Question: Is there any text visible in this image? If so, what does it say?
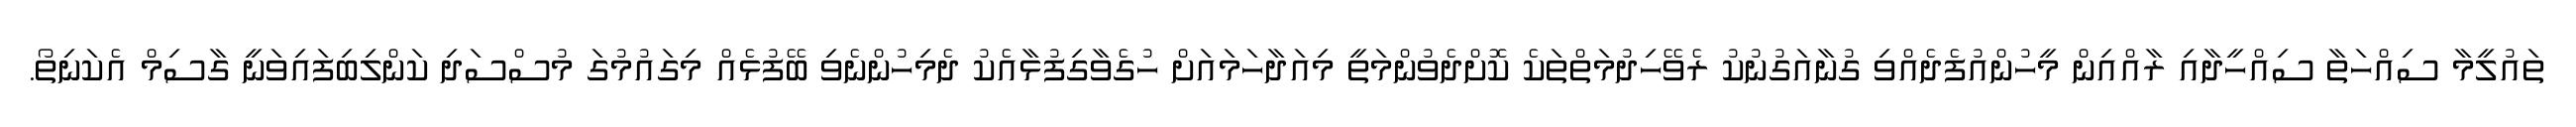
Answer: ތައުލީމާ ސިއްހަތާ ސިއްހީދާއި ރާއްއިން މީހުންއުފެދެއްވި ގުނާއަގުނުކު ރެވޭހިދުމަތްތަކެ ކޮށްދެވުންމަތީ މިއަދާހަމައަށް ހުގެވާގިފުޅާއެކު ދެމިހުންނެވި ބޭފުޅެއް މިގައުމުގަ މުސްސަދި ކަންލިބިފައިވަނީ ގާސިމް އެކަނިތޯ.